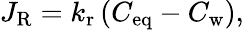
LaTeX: J_{\mathrm{R}}=k_{\mathrm{r}}\left(C_{\mathrm{eq}}-C_{\mathrm{w}}\right),